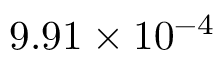
9 . 9 1 \times 1 0 ^ { - 4 }